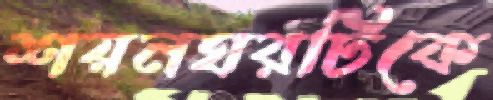
শয়নঘরটিকে